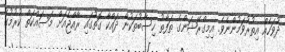
ދުވަހެއް އިތުރުވަމުންނެވެ. އިމިގްރޭޝަންގެ ތަފާތު ހިސާބުތަކުން ދައްކާ ގޮތުގައި ރާއްޖެއަށް މަސައްކަތް ކުރުމުގެ